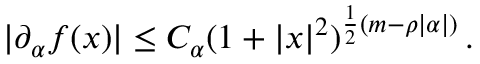
| \partial _ { \alpha } f ( x ) | \le C _ { \alpha } ( 1 + | x | ^ { 2 } ) ^ { \frac { 1 } { 2 } ( m - \rho | \alpha | ) } \, .